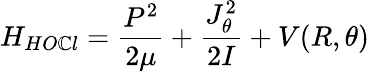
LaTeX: H_{HO\mathbb{C}l}=\frac{{P^{2}}}{{2\mu}}+\frac{{J_{\theta}^{2}}}{{2I}}+V(R,\theta)